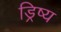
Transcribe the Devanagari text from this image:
ड्रिष्य